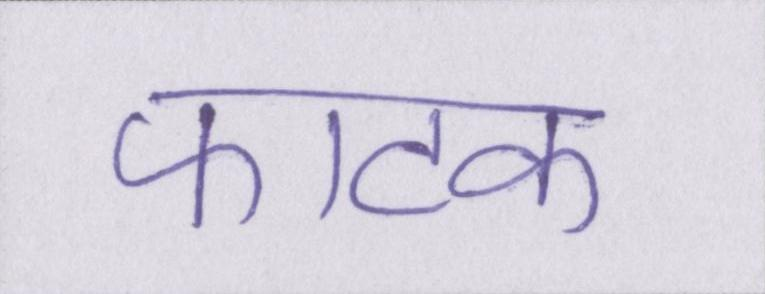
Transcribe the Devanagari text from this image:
फाटक